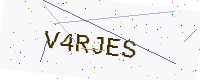
Text: V4RJES